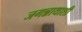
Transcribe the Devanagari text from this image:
जगन्नाथाशी